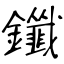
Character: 鑯